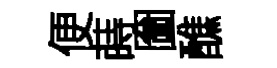
便蒔圗醮